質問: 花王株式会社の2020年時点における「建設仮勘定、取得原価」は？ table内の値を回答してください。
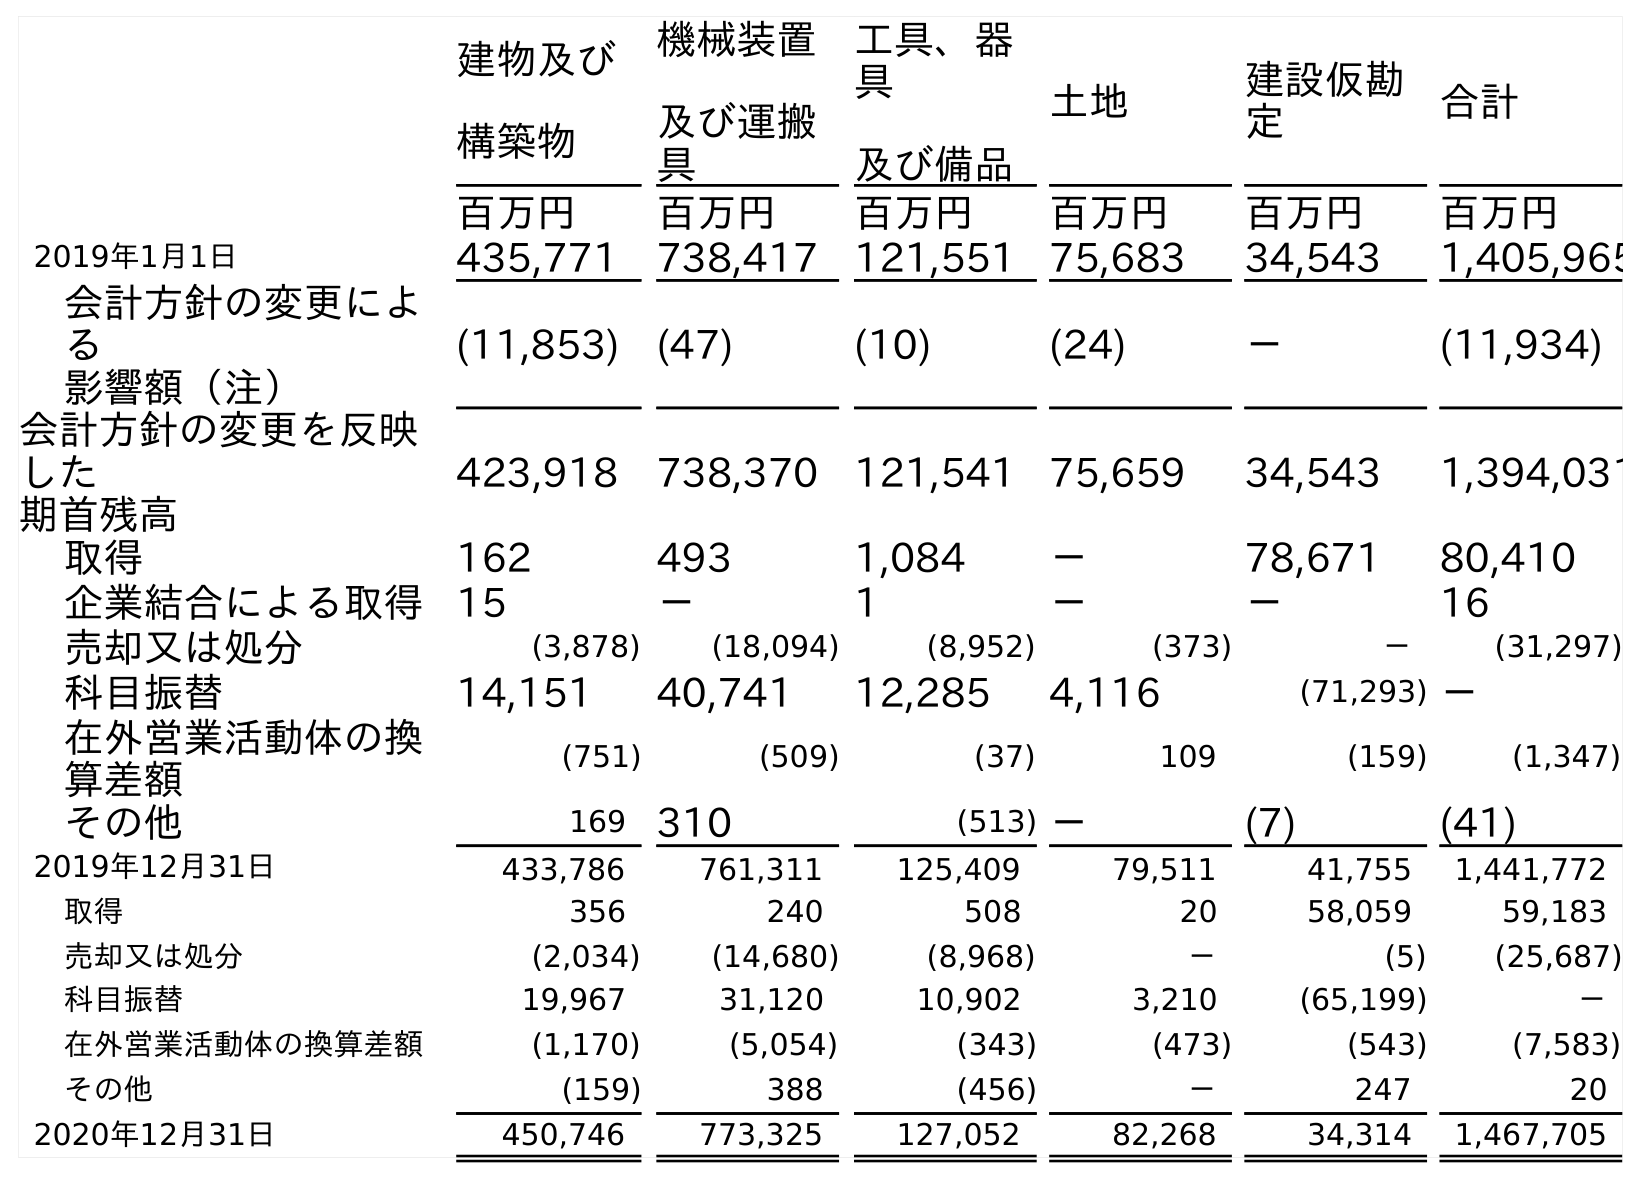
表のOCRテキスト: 建物及び 構築物 機械装置 及び運搬 具 工具、器 具 及び備品 土地 建設仮勘 定 合計 百万円 百万円 百万円 百万円 百万円 百万円 2019年1月1日 435,771 738,417 121,551 75,683 34,543 1,405,965 会計方針の変更によ る 影響額（注） (11,853) (47) (10) (24) － (11,934) 会計方針の変更を反映 した 期首残高 423,918 738,370 121,541 75,659 34,543 1,394,031 取得 162 493 1,084 － 78,671 80,410 企業結合による取得 15 － 1 － － 16 売却又は処分 (3,878) (18,094) (8,952) (373) － (31,297) 科目振替 14,151 40,741 12,285 4,116 (71,293) － 在外営業活動体の換 算差額 (751) (509) (37) 109 (159) (1,347) その他 169 310 (513) － (7) (41) 2019年12月31日 433,786 761,311 125,409 79,511 41,755 1,441,772 取得 356 240 508 20 58,059 59,183 売却又は処分 (2,034) (14,680) (8,968) － (5) (25,687) 科目振替 19,967 31,120 10,902 3,210 (65,199) － 在外営業活動体の換算差額 (1,170) (5,054) (343) (473) (543) (7,583) その他 (159) 388 (456) － 247 20 2020年12月31日 450,746 773,325 127,052 82,268 34,314 1,467,705
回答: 34,314